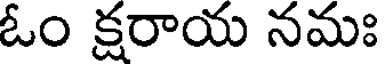
ఓం క్షరాయ నమః